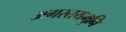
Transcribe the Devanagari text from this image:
अगस्तयमुनि